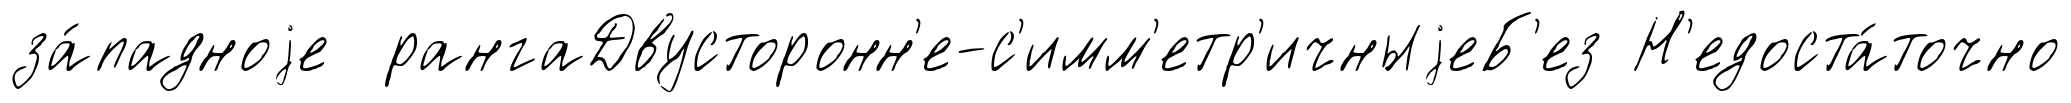
за́падноjе рангаДвусторонн'е-с'имм'етр'ичныjеБ'ез Н'едоста́точно